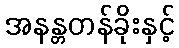
အနန္တတန်ခိုးနှင့်